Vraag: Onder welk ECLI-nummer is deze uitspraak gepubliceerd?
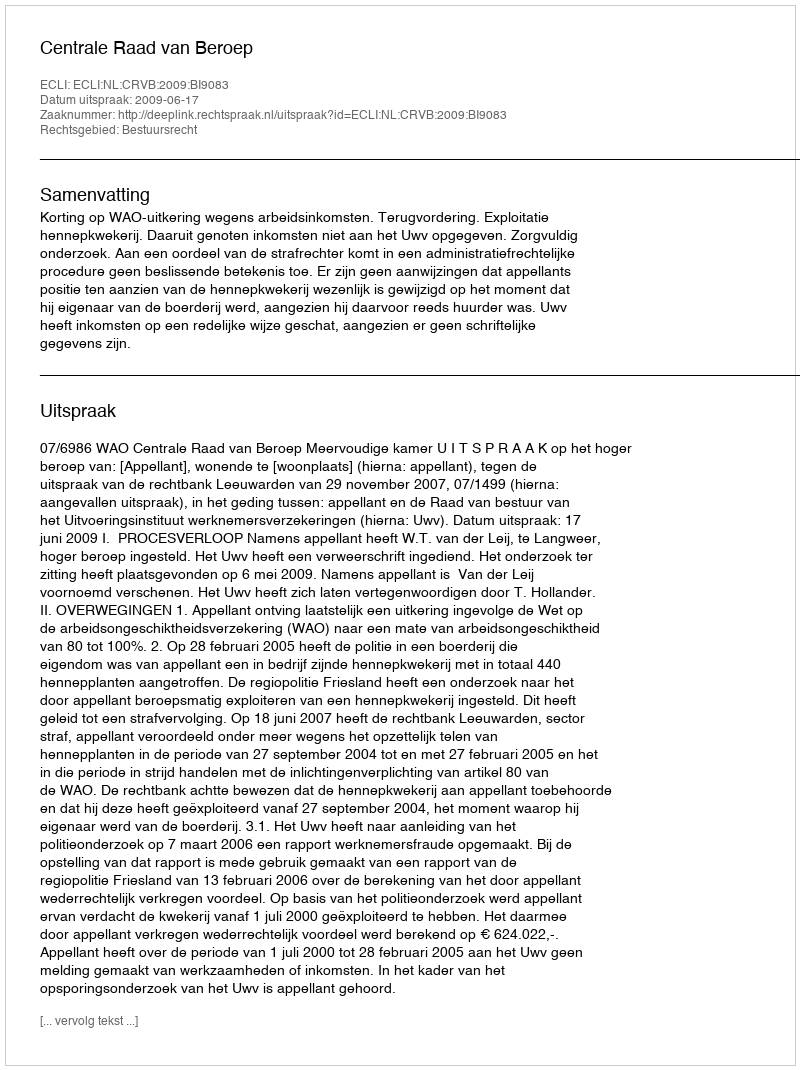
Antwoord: ECLI:NL:CRVB:2009:BI9083